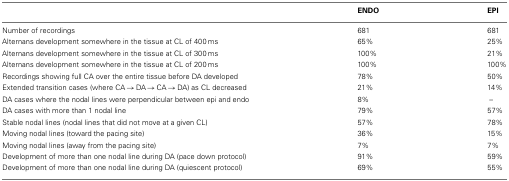
|  | ENDO | EPI |
 | --- | --- | --- |
 | Number of recordings | 681 | 681 |
 | Alternans development somewhere in the tissue at CL of 400 ms | 65% | 25% |
 | Alternans development somewhere in the tissue at CL of 300 ms | 100% | 21% |
 | Alternans development somewhere in the tissue at CL of 200 ms | 100% | 100% |
 | Recordings showing full CA over the entire tissue before DA developed | 78% | 50% |
 | Extended transition cases (where CA → DA → CA → DA) as CL decreased | 21% | 14% |
 | DA cases where the nodal lines were perpendicular between epi and endo | 8% | – |
 | DA cases with more than 1 nodal line | 79% | 57% |
 | Stable nodal lines (nodal lines that did not move at a given CL) | 57% | 78% |
 | Moving nodal lines (toward the pacing site) | 36% | 15% |
 | Moving nodal lines (away from the pacing site) | 7% | 7% |
 | Development of more than one nodal line during DA (pace down protocol) | 91% | 59% |
 | Development of more than one nodal line during DA (quiescent protocol) | 69% | 55% |